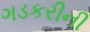
ગડકરીની